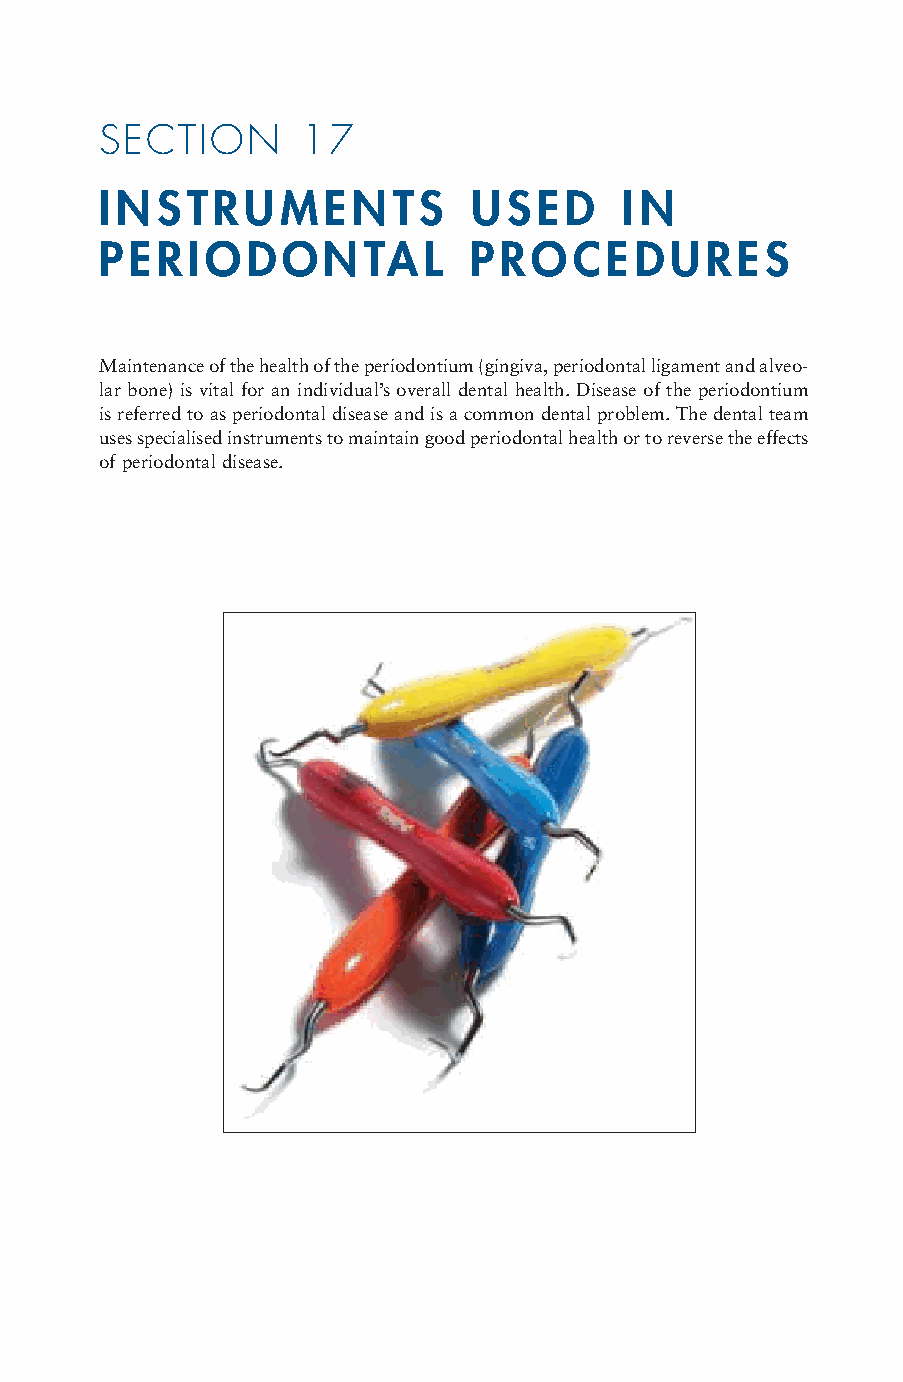
SECTION      17
 INSTRUMENTS             USED      IN
 PERIODONTAL             PROCEDURES
 Maintenance of the health of the periodontium (gingiva, periodontal ligament and alveo-
 lar bone) is vital for an individual’s overall dental health. Disease of the periodontium
 is referred to as periodontal disease and is a common dental problem. The dental team
 uses specialised instruments to maintain good periodontal health or to reverse the effects
 of periodontal disease.